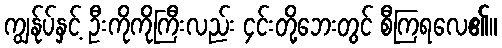
ကျွန်ုပ်နှင့် ဦးကိုကိုကြီးလည်း ၄င်းတို့ဘေးတွင် စီကြရလေ၏။